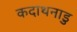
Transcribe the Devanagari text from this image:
कदाथनाडु